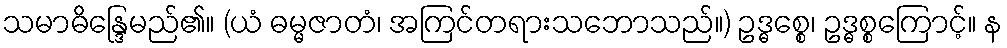
သမာဓိန္ဒြေမည်၏။ (ယံ ဓမ္မဇာတံ၊ အကြင်တရားသဘောသည်။) ဥဒ္ဓစ္စေ၊ ဥဒ္ဓစ္စကြောင့်။ န